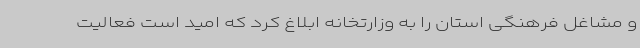
و مشاغل فرهنگی استان را به وزارتخانه ابلاغ کرد که امید است فعالیت